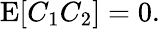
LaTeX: \begin{array}{r}{\operatorname{E}[C_{1}C_{2}]=0.}\end{array}